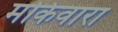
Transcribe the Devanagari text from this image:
मकिवारा